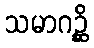
သမာဂဉ္ဆိ